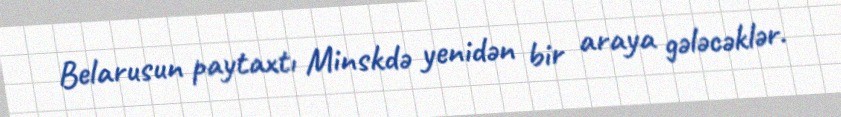
Belarusun paytaxtı Minskdə yenidən bir araya gələcəklər.